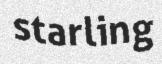
starling